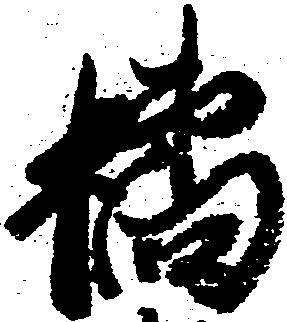
橘